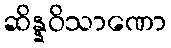
ဆိန္နဝိသာဏော